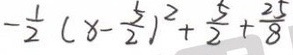
- \frac { 1 } { 2 } ( x - \frac { 5 } { 2 } ) ^ { 2 } + \frac { 5 } { 2 } + \frac { 2 5 } { 8 }